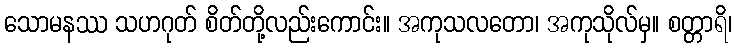
သောမနဿ သဟဂုတ် စိတ်တို့လည်းကောင်း။ အကုသလတော၊ အကုသိုလ်မှ။ စတ္တာရိ၊